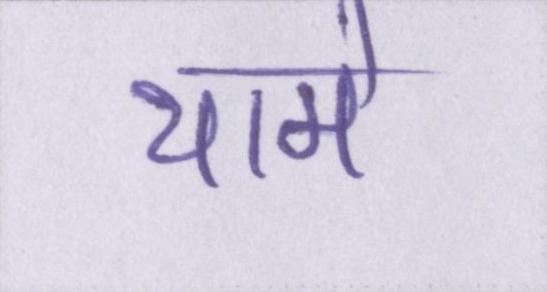
थामे